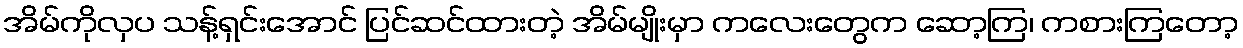
အိမ်ကိုလှပ သန့်ရှင်းအောင် ပြင်ဆင်ထားတဲ့ အိမ်မျိုးမှာ ကလေးတွေက ဆော့ကြ၊ ကစားကြတော့